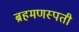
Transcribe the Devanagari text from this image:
ब्रहमणस्पती